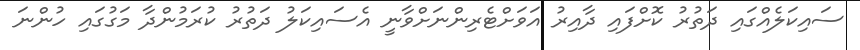
ސައިކަލެއްގައި ދަތުރު ކޮށްފައި ދާއިރު އަވަށްޓެރިންނަށްވާނީ އެސައިކަލު ދަތުރު ކުރަމުންދާ މަގުގައި ހުންނަ